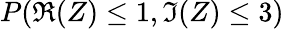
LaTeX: P(\Re{(Z)}\leq 1,\Im{(Z)}\leq 3)